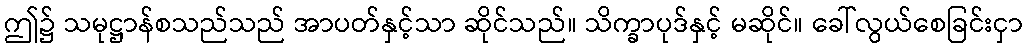
ဤ၌ သမုဋ္ဌာန်စသည်သည် အာပတ်နှင့်သာ ဆိုင်သည်။ သိက္ခာပုဒ်နှင့် မဆိုင်။ ခေါ်လွယ်စေခြင်းငှာ